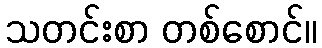
သတင်းစာ တစ်စောင်။